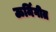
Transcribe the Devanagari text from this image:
ऊर्मिगीत